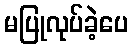
မပြုလုပ်ခဲ့ပေ